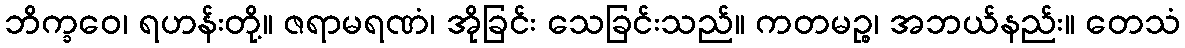
ဘိက္ခဝေ၊ ရဟန်းတို့။ ဇရာမရဏံ၊ အိုခြင်း သေခြင်းသည်။ ကတမဉ္စ၊ အဘယ်နည်း။ တေသံ